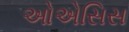
ઓએસિસ